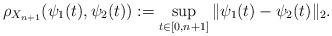
LaTeX: \begin{align*} \rho_{X_{n+1}}(\psi_1(t),\psi_2(t)) := \sup_{t \in [0,n+1]} \|\psi_1(t) - \psi_2(t)\|_2.\end{align*}